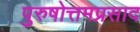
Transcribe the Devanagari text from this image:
पुरुषोत्तमप्रसाद